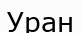
Уран